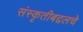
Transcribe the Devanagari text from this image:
संस्कृतीबद्दलचे